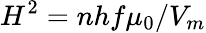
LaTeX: H^{2}=nhf\mu_{0}/V_{m}